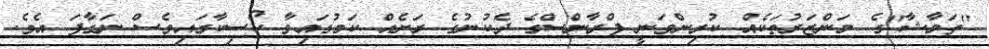
''ތަމާޝާ''ގެ މަންޒަރުތަކެއް ކުރިންވަނީ ފްރާންސްގެ ދެކުނުގެ ރަށެއް ކަމުގައިވާ ކޯސިކާގައިވެސް ނަގާފަ އެވެ.